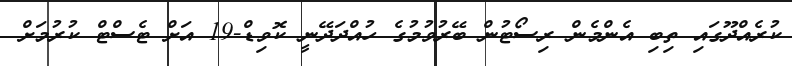
ކުރެއްދޫގައި ތިބި އެންމެން ރިސޯޓުން ބޭރުވުމުގެ ހުއްދަދޭނީ ކޮވިޑް-19 އަށް ޓެސްޓް ކުރުމަށް